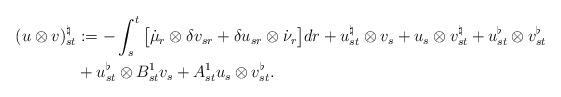
LaTeX: \begin{align*} (u \otimes v)^{\natural}_{st} & := - \int_s^t \big[ \dot{\mu}_{r} \otimes \delta v_{sr} +\delta u_{sr} \otimes \dot{\nu}_r\big] dr + u_{st}^{\natural} \otimes v_s + u_s \otimes v^{\natural}_{st} + u_{st}^{\flat} \otimes v_{st}^{\flat} \\ & + u_{st}^{\flat} \otimes B_{st}^1 v_s + A_{st}^1 u_s \otimes v_{st}^{\flat} . \end{align*}